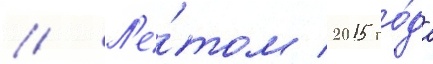
// Л'е́том 2015 го́да